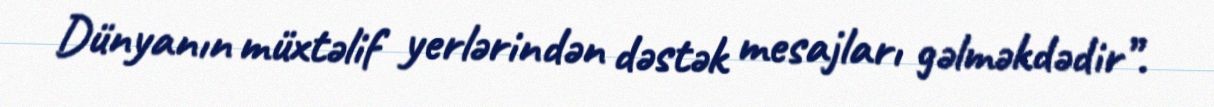
Dünyanın müxtəlif yerlərindən dəstək mesajları gəlməkdədir”.